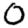
Digit: 0